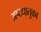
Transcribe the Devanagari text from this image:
अष्टधातुका